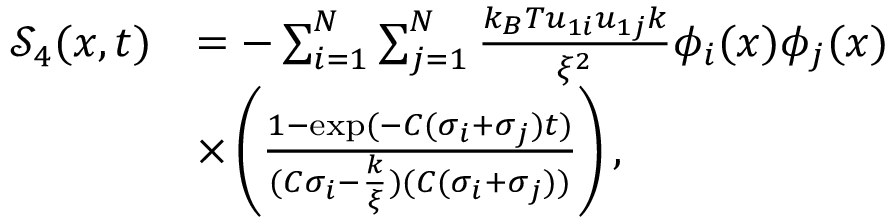
\begin{array} { r l } { \mathcal { S } _ { 4 } ( x , t ) } & { = - \sum _ { i = 1 } ^ { N } \sum _ { j = 1 } ^ { N } \frac { k _ { B } T u _ { 1 i } u _ { 1 j } k } { \xi ^ { 2 } } \phi _ { i } ( x ) \phi _ { j } ( x ) } \\ & { \times \left( \frac { 1 - \exp ( - C ( \sigma _ { i } + \sigma _ { j } ) t ) } { ( C \sigma _ { i } - \frac { k } { \xi } ) ( C ( \sigma _ { i } + \sigma _ { j } ) ) } \right) , } \end{array}